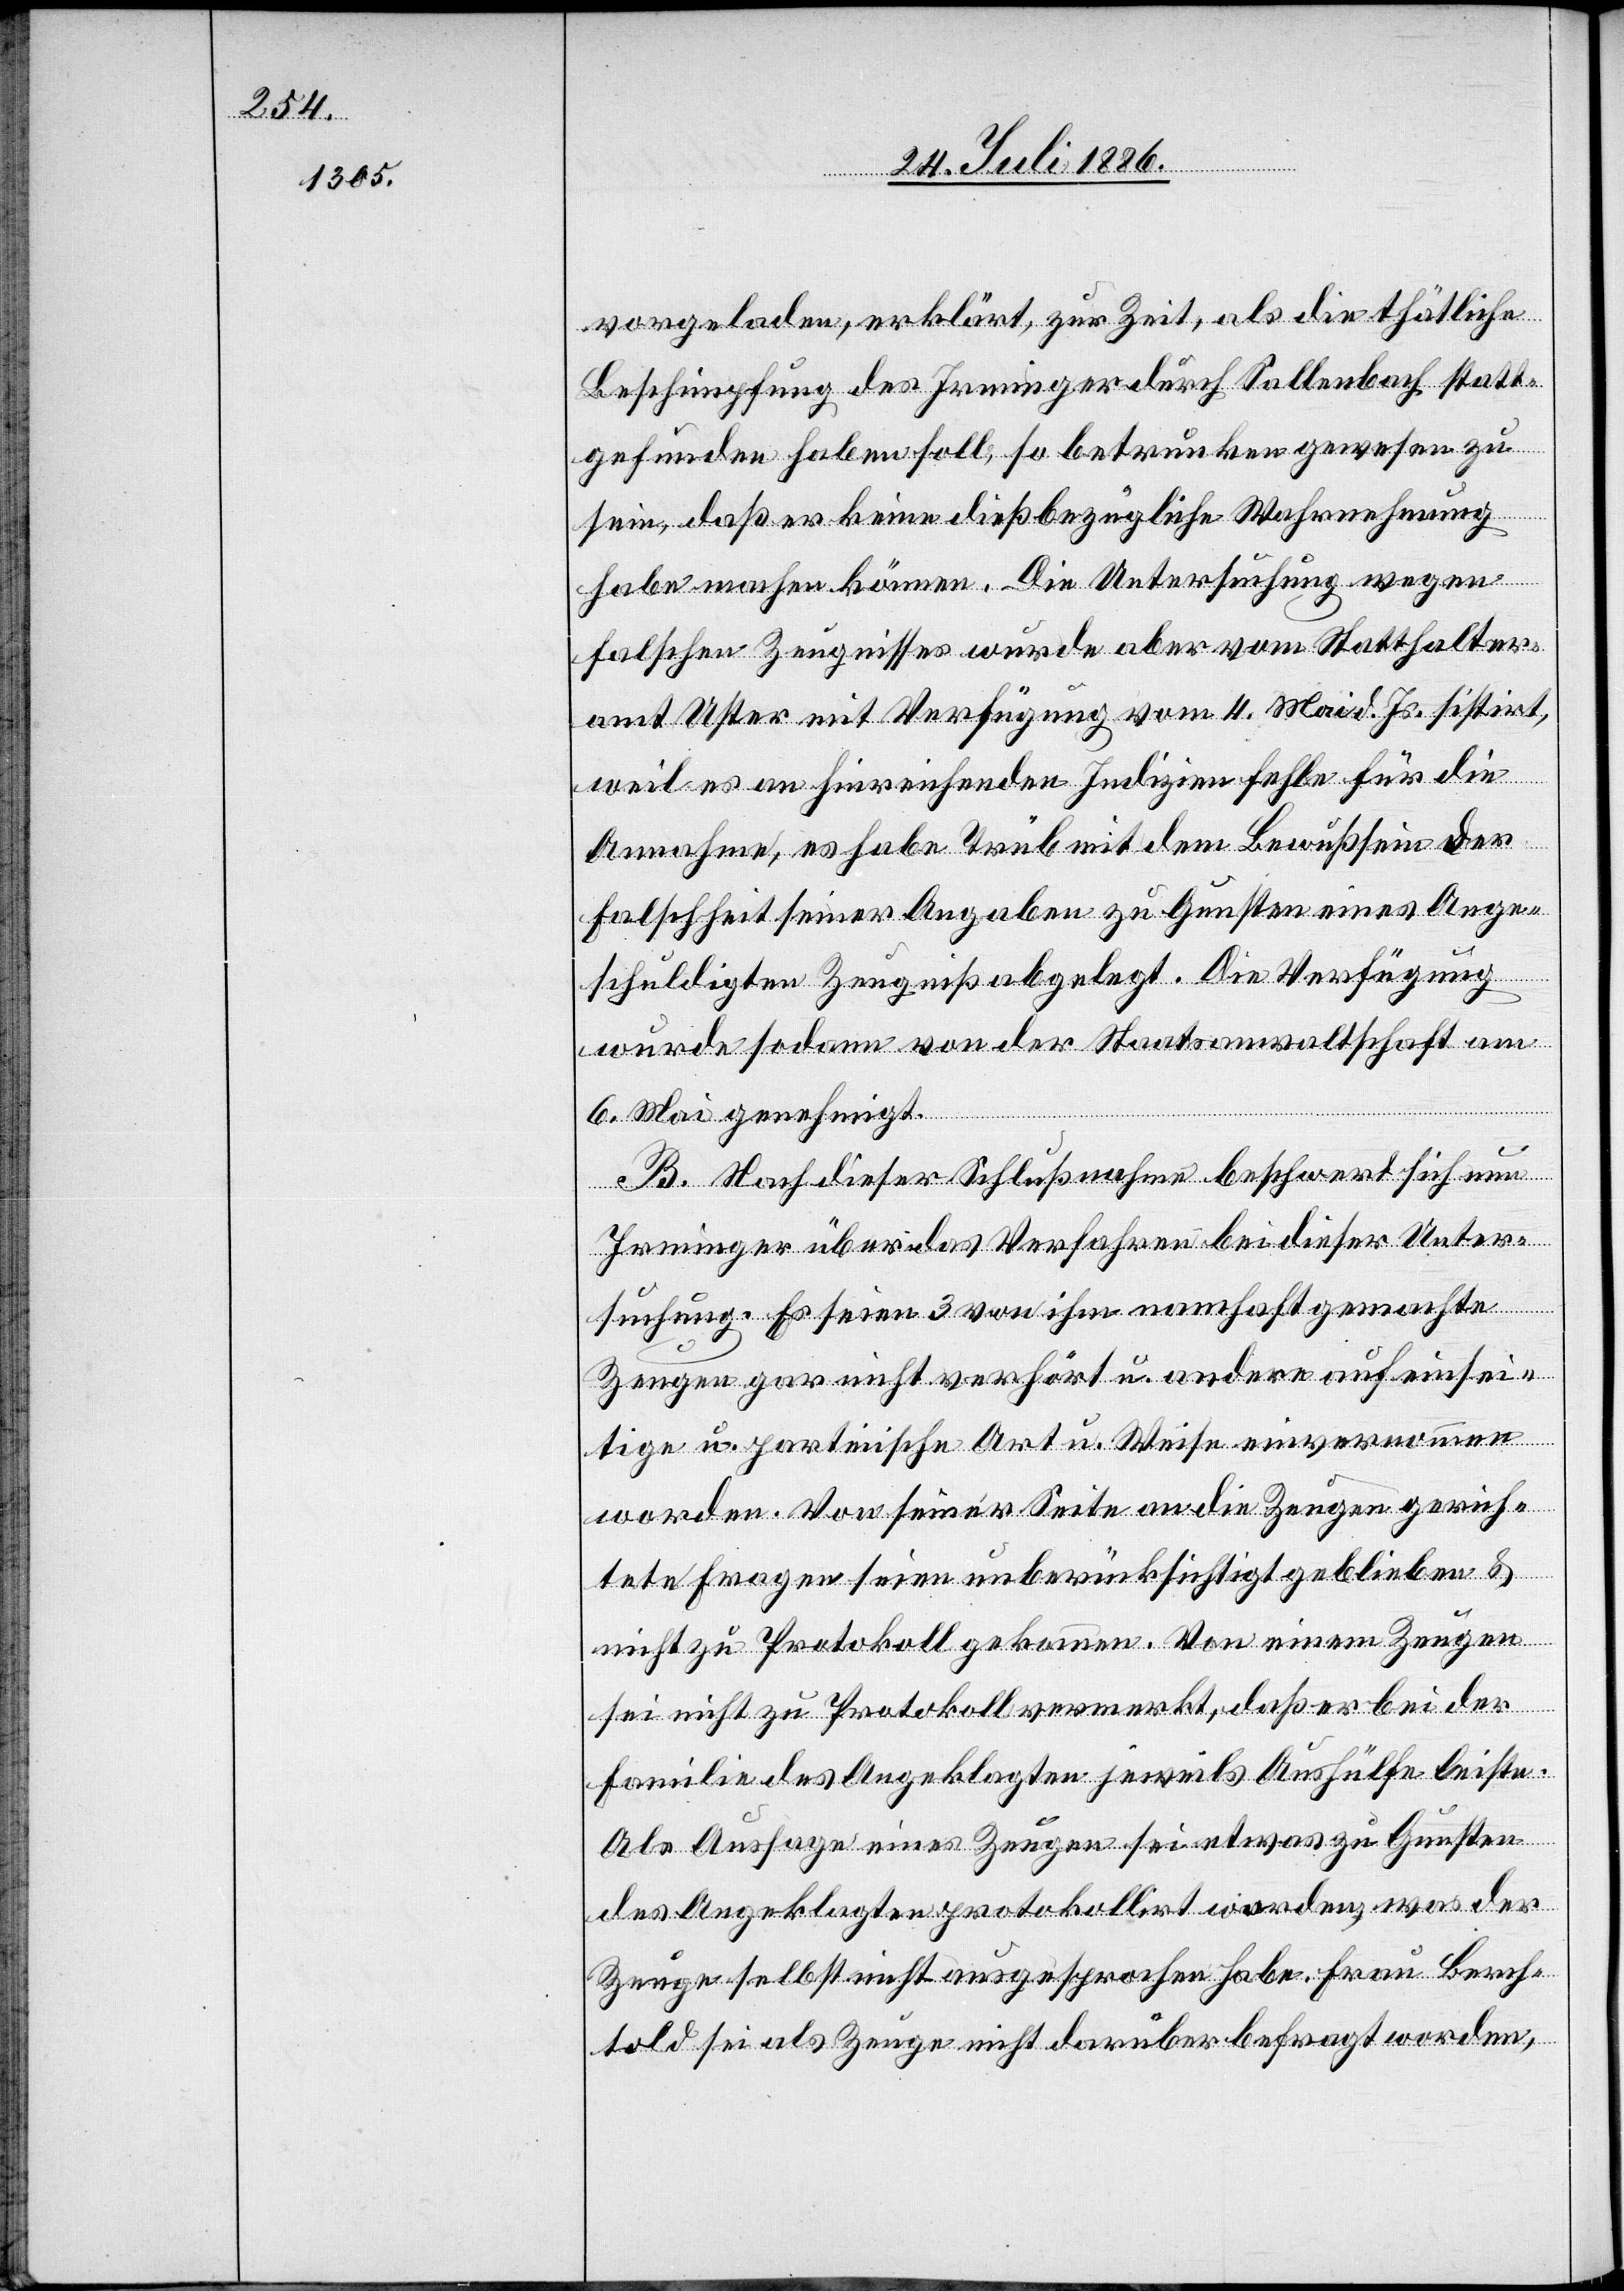
vorgeladen, erklärt, zur Zeit, als die thätliche
Beschimpfung des Irminger durch Sallenbach statt¬
gefunden haben soll, so betrunken gewesen zu
sein, daß er keine dießbezügliche Wahrnehmung
habe machen können. Die Untersuchung wegen
falschen Zeugnisses wurde aber vom Statthalter¬
amt Uster mit Verfügung vom 4. Mai d. Js. sistirt,
weil es an hinreichenden Indizien fehle für die
Annahme, es habe Trüb mit dem Bewuß[t]sein der
Falschheit seiner Angaben zu Gunsten eines Ange¬
schuldigten Zeugniß abgelegt. Die Verfügung
wurde sodann von der Staatsanwaltschaft am
6. Mai genehmigt.
B. Nach dieser Schlußnahme beschwert sich nun
Irminger über das Verfahren bei dieser Unter¬
suchung. Es seien 3 von ihm namhaft gemachte
Zeugen gar nicht verhört u. andere auf einsei¬
tige u. parteiische Art u. Weise einvernommen
worden. Von seiner Seite an die Zeugen gerich¬
tete Fragen seien unberücksichtigt geblieben &
nicht zu Protokoll gekommen. Von einem Zeugen
sei nicht zu Protokoll vermerkt, daß er bei der
Familie des Angeklagten jeweils Aushülfe leiste.
Als Aussage eines Zeugen sei etwas zu Gunsten
des Angeklagten protokollirt worden, was der
Zeuge selbst nicht ausgesprochen habe. Frau Berch¬
told sei als Zeuge nicht darüber befragt worden,